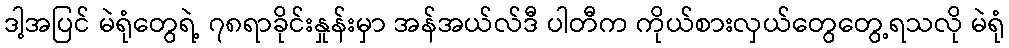
ဒါ့အပြင် မဲရုံတွေရဲ့ ၇၈ရာခိုင်းနှုန်းမှာ အန်အယ်လ်ဒီ ပါတီက ကိုယ်စားလှယ်တွေတွေ့ရသလို မဲရုံ